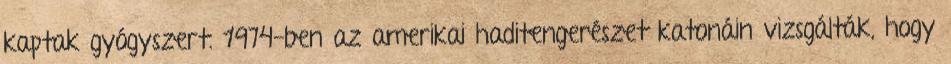
kaptak gyógyszert. 1974-ben az amerikai haditengerészet katonáin vizsgálták, hogy